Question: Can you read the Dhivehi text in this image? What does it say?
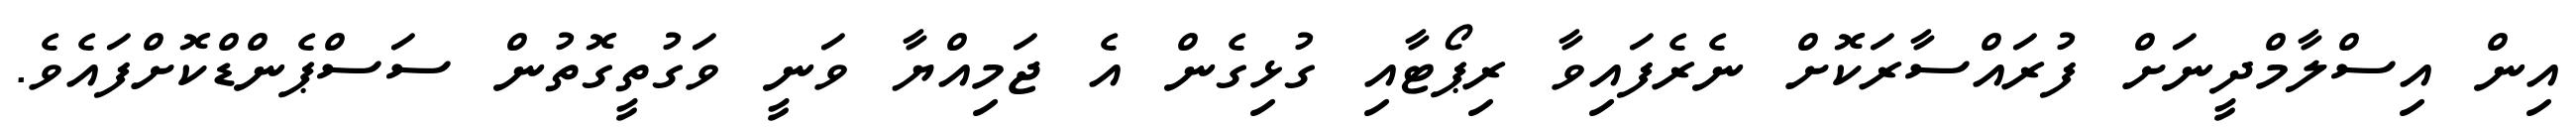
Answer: އިން އިސްލާމްދީނަށް ފުރައްސާރަކޮށް ނެރެފައިވާ ރިޕޯޓާއި ގުޅިގެން އެ ޖަމިއްޔާ ވަނީ ވަގުތީގޮތުން ސަސްޕެންޑްކޮށްފައެވެ.